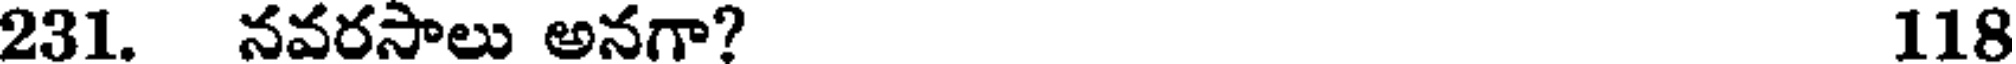
231. నవరసాలు అనగా? 118